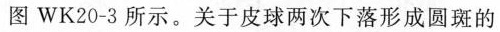
图WK20-3所示。关于皮球两次下落形成圆斑的